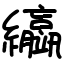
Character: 䌱